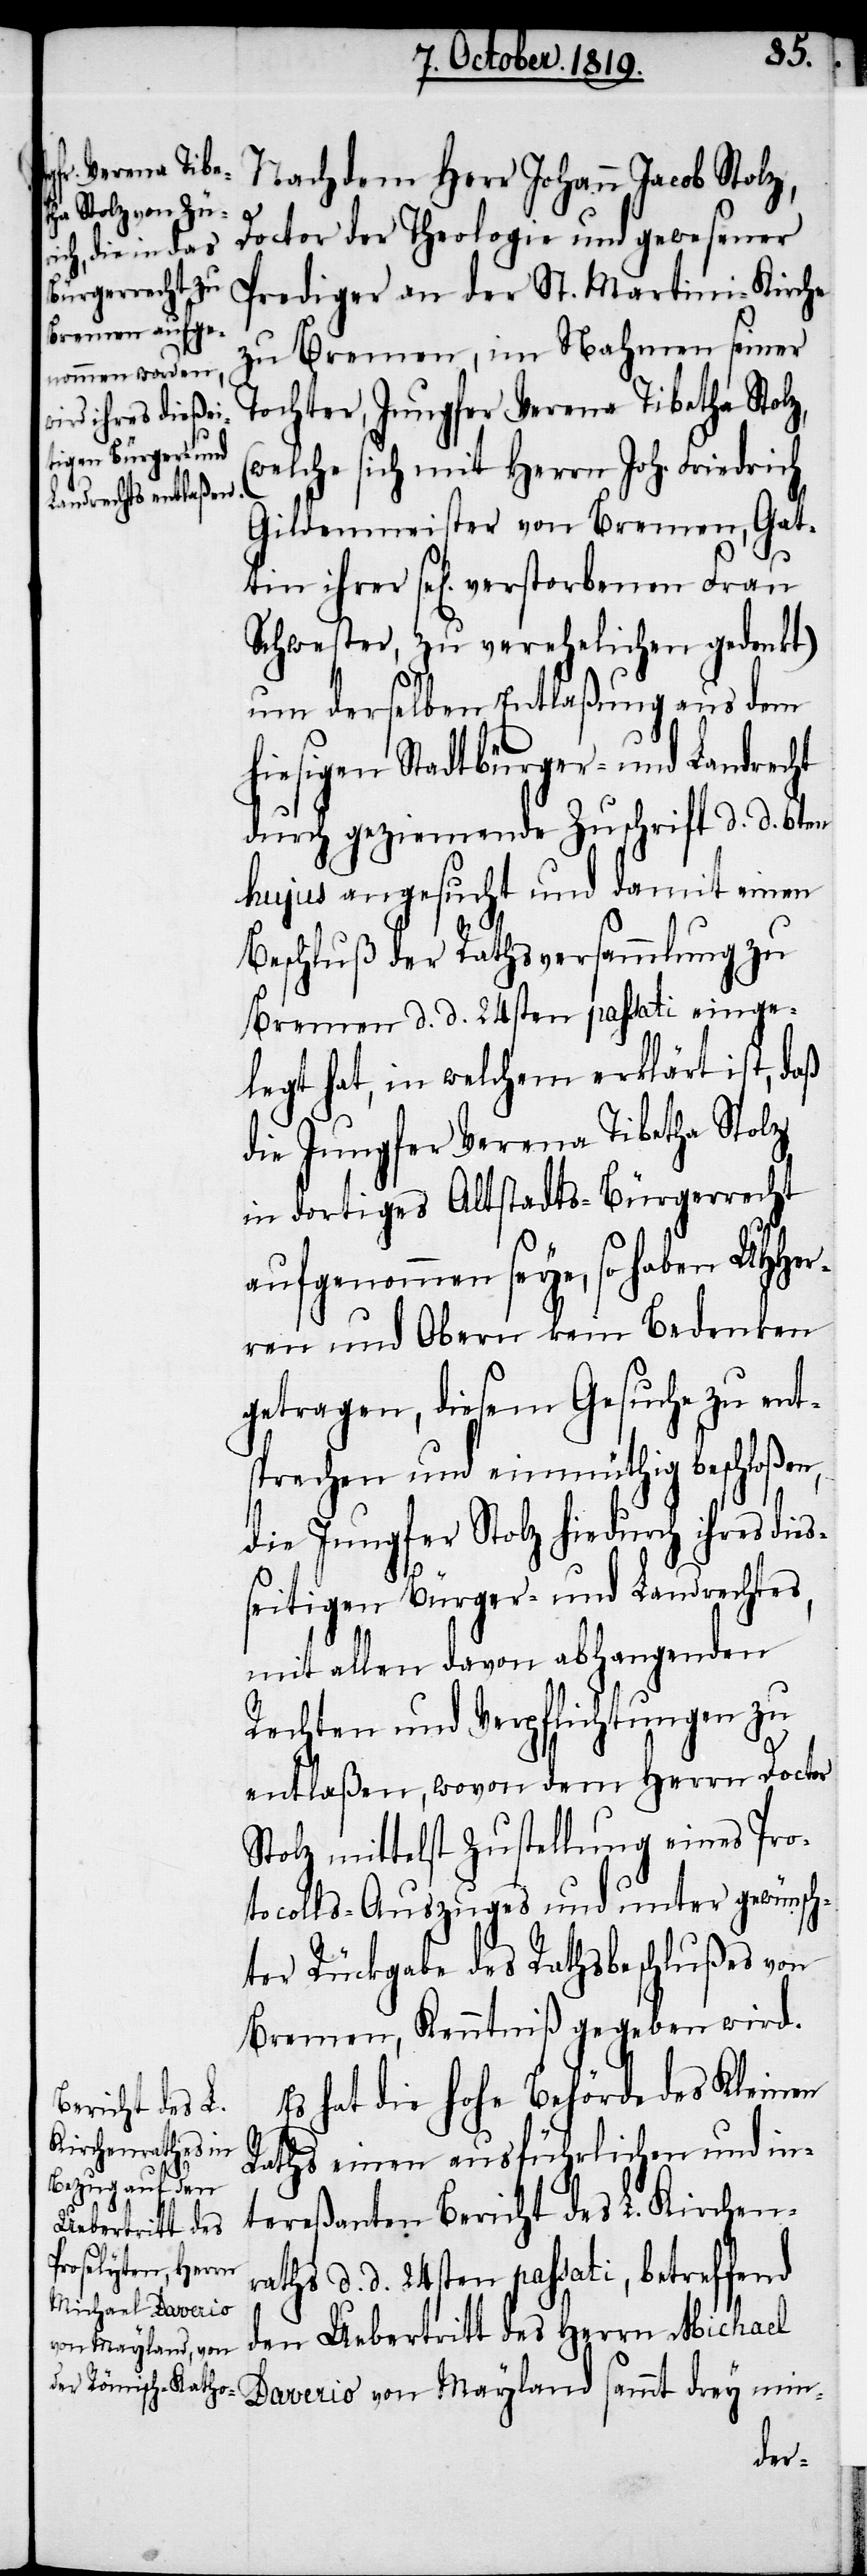
Nachdem Herr Johann Jacob Stolz,
Doctor der Theologie und gewesener
Prediger an der St. Martini-Kirche
zu Bremen, im Nahmen seiner
Tochter, Jungfer Verena Tibetha Stolz,
(welche sich mit Herrn Joh. Friedrich
Gildenmeister von Bremen, Gat¬
Schwester, zu verehelichen gedenkt)
um derselben Entlaßung aus dem
hiesigen Stadtbürger- und Landrecht
durch geziemende Zuschrift d. d. 6ten
hujus angesucht und damit einen
Beschluß der Rathsversammlung zu
Bremen d. d. 24ten passati einge¬
legt hat, in welchem erklärt ist, daß
die Jungfer Verena Tibetha Stolz
in dortiges Altstadts-Bürgerrecht
aufgenommen seye, so haben UHHer¬
ren und Obern kein Bedenken
getragen, diesem Gesuche zu ent¬
sprechen und einmüthig beschloßen,
die Jungfer Stolz hiedurch ihres dies¬
seitigen Bürger- und Landrechtes,
mit allen davon abhangenden
Rechten und Verpflichtungen zu
entlaßen, wovon dem Herrn Doctor
Stolz mittelst Zustellung eines Pro¬
tocolls-Auszuges und unter gewünsch¬
ter Rückgabe des Rathsbeschlußes von
Bremen, Kenntniß gegeben wird.
hat die hohe Behörde des Kleinen
Raths einen ausführlichen und in¬
tereßanten Bericht des L. Kirchen¬
raths d. d. 24sten passati, betreffend
den Uebertritt des Herrn Michael
Daverio von Mayland sammt drey min-
tin